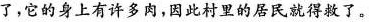
了，它的身上有许多肉，因此村里的居民就得救了。